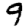
Digit: 9